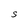
Character: S